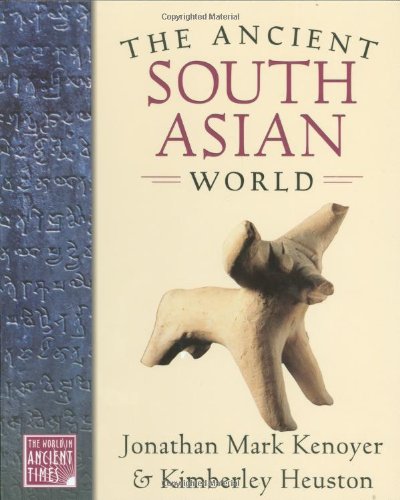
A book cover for The Ancient South Asian World (The World in Ancient Times); Jonathan Mark Kenoyer; Children's Books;